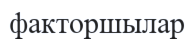
факторшылар